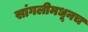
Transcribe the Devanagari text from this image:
सांगलीमधूनच